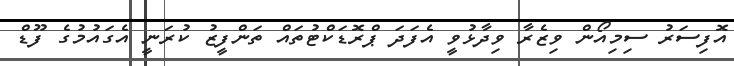
އޮފިސަރު ސިމިއޯން ވިޒެރާ ވިދާޅުވީ އެފަދަ ޕްރޮޑަކްޓުތައް ތަންފީޒު ކުރަނީ އެގައުމުގެ ފޫޑް